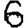
Digit: 6